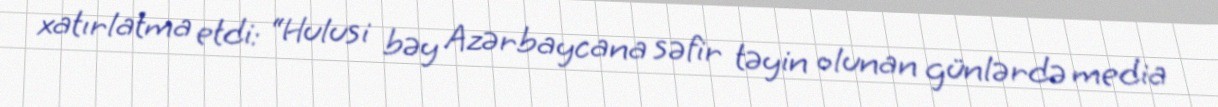
xatırlatma etdi: “Hulusi bəy Azərbaycana səfir təyin olunan günlərdə media